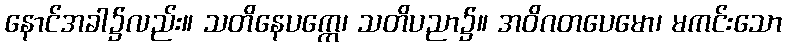
နောင်အခါ၌လည်း။ သတိနေပက္ကေ၊ သတိပညာ၌။ အဝိဂတပေမော၊ မကင်းသော